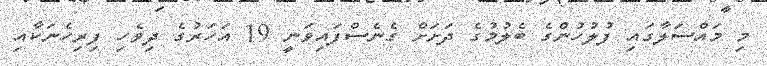
މި މައްސަަލާގައި ފުލުހުންގެ ބެލުމުގެ ދަށަށް ގެނެސްފައިވަނީ 19 އަހަރުގެ ދިވެހި ފިރިހެނަކާއި